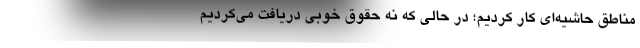
مناطق حاشیه‌ای کار کردیم؛ در حالی که نه حقوق خوبی دریافت می‌کردیم